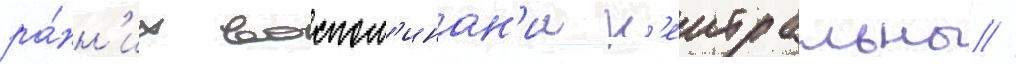
ра́нн'их воспом'инан'ии н'еитральны //